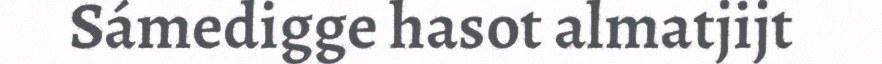
Sámedigge hasot almatjijt